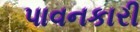
પાવનકારી